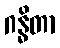
ဂန္ဓိတာ